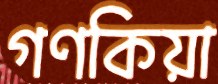
গণকিয়া